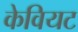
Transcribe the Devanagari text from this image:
केवियट